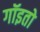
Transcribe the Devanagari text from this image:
गॉइतो